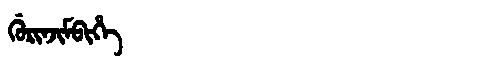
Manchu: ᡤᡠᡵᡳᠨᠵᡳᠮᠪᡳᡥᡝ
Romanization: GURINJIMBIHE